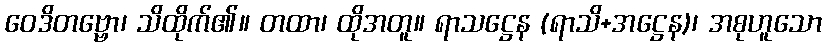
ဝေဒိတဗ္ဗော၊ သိထိုက်၏။ တထာ၊ ထိုအတူ။ ရာသဋ္ဌေန (ရာသိ+အဋ္ဌေန)၊ အစုဟူသော